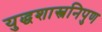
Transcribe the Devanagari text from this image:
युद्धशास्त्रनिपुण